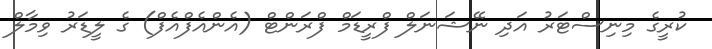
ކުރީގެ މިނިސްޓަރު އަދި ނޭޝަނަލް ފްރީޑަމް ފްރަންޓް (އެންއެފްއެފް) ގެ ލީޑަރު ވިމާލް